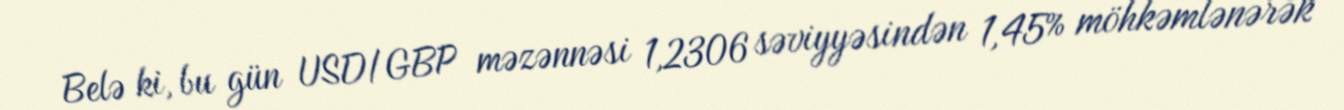
Belə ki, bu gün USD/GBP məzənnəsi 1,2306 səviyyəsindən 1,45% möhkəmlənərək